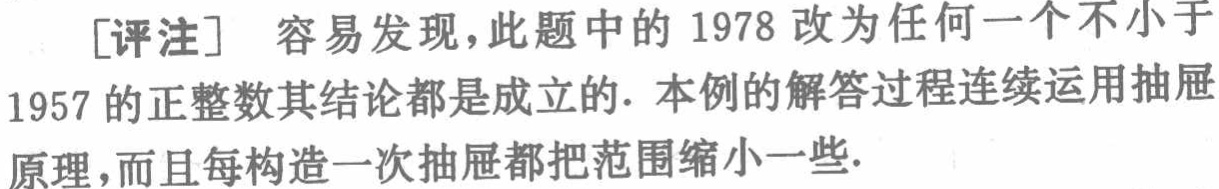
[评注] 容易发现，此题中的 \(1978\) 改为任何一个不小于 \(1957\) 的正整数其结论都是成立的. 本例的解答过程连续运用抽屉原理，而且每构造一次抽屉都把范围缩小一些.